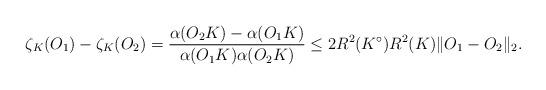
LaTeX: \begin{align*} \zeta_K(O_1)-\zeta_K(O_2) = {\frac {\alpha(O_2K)-\alpha(O_1K)} {\alpha(O_1K)\alpha(O_2K) } } \leq {2R^2(K^{\circ})} {R^2(K)} \|O_1-O_2\|_2. \end{align*}